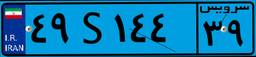
۲۰S۳۴۶۵۸